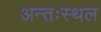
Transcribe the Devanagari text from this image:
अन्तःस्थल